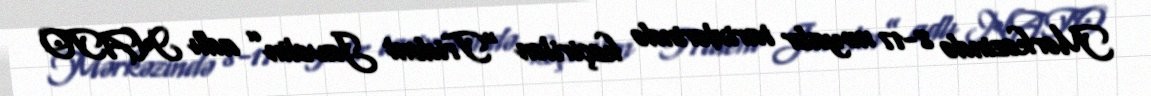
Mərkəzində 8-17 noyabr tarixlərində keçirilən “Trident Javelin” adlı NATO